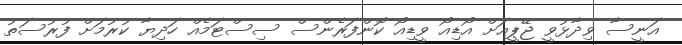
އަނީސާ ވިދާޅުވީ ޖޭޕީއަށް އޯޑިއޯ ވީޑިއޯ ކޮންފަރެންސް ސިސްޓަމެއް ހަދިޔާ ކުރުމަށް ފުރުސަތު